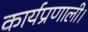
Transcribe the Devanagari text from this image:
कार्यप्रणाली।